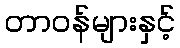
တာဝန်များနှင့်